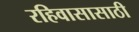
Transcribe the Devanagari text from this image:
रहिवासासाठी